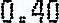
0.40